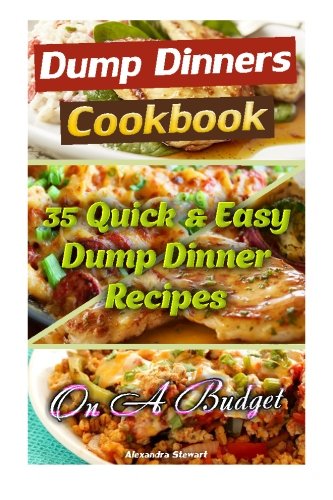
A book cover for Dump Dinners Cookbook: 35 Quick & Easy Dump Dinner Recipes On A Budget: (Crockpot Dump Meals, Delicious Dump Meals, Dump Dinners Recipes For Busy ... cooking, Easy Cooking Recipes) (Volume 1); Alexandra Stewart; Cookbooks, Food & Wine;